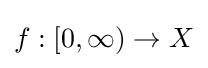
f:[0,\infty )\to X